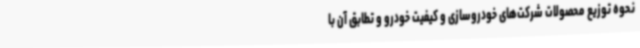
نحوه توزیع محصولات شرکت‌های خودروسازی و کیفیت خودرو و تطابق آن با